Vaccination in Bombay 1902-1912 - 1902-1912
Year: 1902
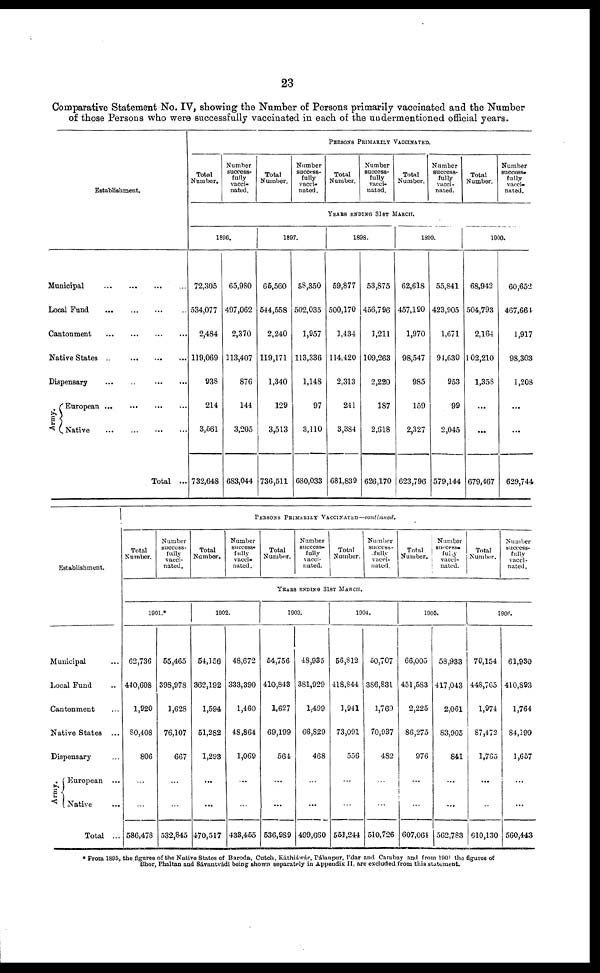
23
Comparative Statement No. IV, showing the Number of Persons primarily vaccinated and the Number
of those Persons who were successfully vaccinated in each of the undermentioned official years.
Establishment.
Municipal
...
...
...
...
Local Fund
...
...
...
...
Cantonment
...
...
...
...
Native States
...
...
...
...
Dispensary
...
...
...
...
Army.
European
...
...
...
...
Native
... ... ... ...
Total ...
PERSONS PRIMARILY VACCINATES.
Total
Number.
Number
success-
fully
vacci-
nated.
Total
Number.
Number
success-
fully
vacci-
nated.
Total
Number.
Number
success-
fully
vacci-
nated.
Total
Number.
Number
success-
fully
vacci-
nated.
Total
Number.
Number
success¬
fully
vacci-
nated.
YEARS ENDING 31 ST MARCH.
1896.
72,305
534,077
2,484
119,069
938
214
3,561
732,648
65,980
497,062
2,370
113,407
876
144
3,205
683,044
1897.
66,560
544,558
2,240
119,171
1,340
129
3,513
736,511
58,350
502,035
1,957
113,336
1,148
97
3,110
680,033
1898.
59,877
500,170
1,434
114,420
2,313
241
3,384
681,839
53,875
456,796
1,211
109,263
2,220
187
2,618
626,170
1899.
62,618
457,190
1,970
98,547
985
159
2,327
623,796
55,841
423,905
1,671
94,630
953
99
2,045
579,144
1900.
68,942
504,793
2,164
102,210
1,358
...
...
679,467
60,652
467,664
1,917
98,303
1,208
...
...
629,744
Establishment.
Municipal ...
Local Fund ...
Cantonment ...
Native States ...
Dispensary ...
Army.
European ...
Native ...
Total ...
PERSONS PRIMARILY VACCINATED—continued.
Total
Number.
Number
success-
fully
vacci-
nated.
Total
Number.
Number
success-
fully
vacci-
nated.
Total
Number.
Number
success-
fully
vacci-
nated.
Total
Number.
Number
success¬
fully
vacci-
nated.
Total
Number.
Number
success¬
fully
vacci-
nated.
Total
Number.
Number
success-
fully
vacci-
nated.
YEARS ENDING 31ST MARCH.
1901.*
62,736
440,608
1,920
50,408
806
...
...
586,478
55,405
398,978
1,628
76,107
667
...
...
532,845
1902.
54,156
362,192
1,594
51,282
1,293
...
...
470,517
48,672
333,390
1,460
48,864
1,069
...
...
433,455
1903.
54,756
410,843
1,627
69,199
564
...
...
536,989
48,935
381,929
1,499
66,829
468
...
...
499,660
1904.
56,812
418,844
3,941
73,091
556
...
...
551,244
50,707
386,831
1,769
70,937
482
...
...
510,726
1905.
66,005
451,583
2,225
86,275
976
...
...
607,064
58,933
417,043
2,061
83,905
841
...
...
562,783
1906.
70,154
448,765
1,974
87,472
1,765
...
...
610,130
61,930
410,893
1,764
84,399
1,657
...
...
560,443
* From 1895, the figures of the Native States of Baroda, Cutch, Káthiáwár, Pálanpur, I'dar and Cambay and from 1901 the figures of
Bhor, Phaltan and Sávantvádi being shown separately in Appendix II, are excluded from this statement.